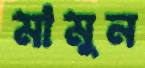
মামুন